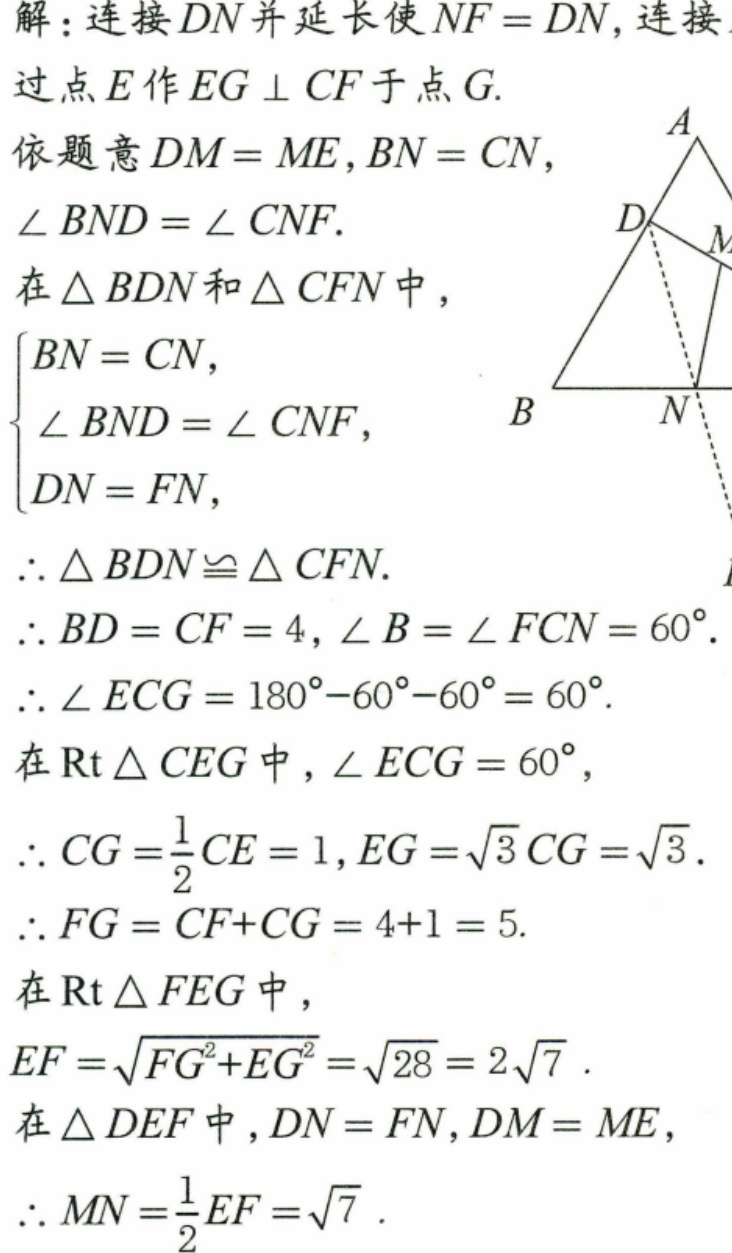
解：连接 \(DN\) 并延长使 \(NF = DN\)，连接
过点 \(E\) 作 \(EG\perp CF\) 于点 \(G\).
依题意 \(DM = ME\)，\(BN = CN\)，
\(\angle BND=\angle CNF\).
在 \(\triangle BDN\) 和 \(\triangle CFN\) 中，
\(\begin{cases}
BN = CN,\\
\angle BND=\angle CNF,\\
DN = FN,
\end{cases}\)
\(\therefore \triangle BDN\cong\triangle CFN\).
\(\therefore BD = CF = 4\)，\(\angle B=\angle FCN = 60^{\circ}\).
\(\therefore \angle ECG=180^{\circ}-60^{\circ}-60^{\circ}=60^{\circ}\).
在 \(\text{Rt}\triangle CEG\) 中，\(\angle ECG = 60^{\circ}\)，
\(\therefore CG=\frac{1}{2}CE = 1\)，\(EG=\sqrt{3}CG=\sqrt{3}\).
\(\therefore FG = CF + CG=4 + 1 = 5\).
在 \(\text{Rt}\triangle FEG\) 中，
\(EF=\sqrt{FG^{2}+EG^{2}}=\sqrt{28}=2\sqrt{7}\).
在 \(\triangle DEF\) 中，\(DN = FN\)，\(DM = ME\)，
\(\therefore MN=\frac{1}{2}EF=\sqrt{7}\).